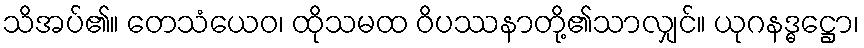
သိအပ်၏။ တေသံယေဝ၊ ထိုသမထ ဝိပဿနာတို့၏သာလျှင်။ ယုဂနဒ္ဓဋ္ဌော၊